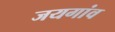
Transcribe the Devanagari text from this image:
जयगांव